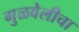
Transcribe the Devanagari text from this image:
गुळवेलीचा